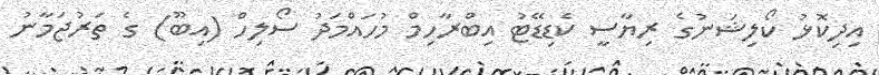
އިދިކޮޅު ކޯލިޝަނުގެ ރިޔާސީ ކެޑިޑޭޓު އިބްރާހިމް މުހައްމަދު ސޯލިހް (އިބޫ) ގެ ތަރުޖަމާނު